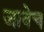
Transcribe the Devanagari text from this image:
जावेच